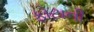
ફોટાની